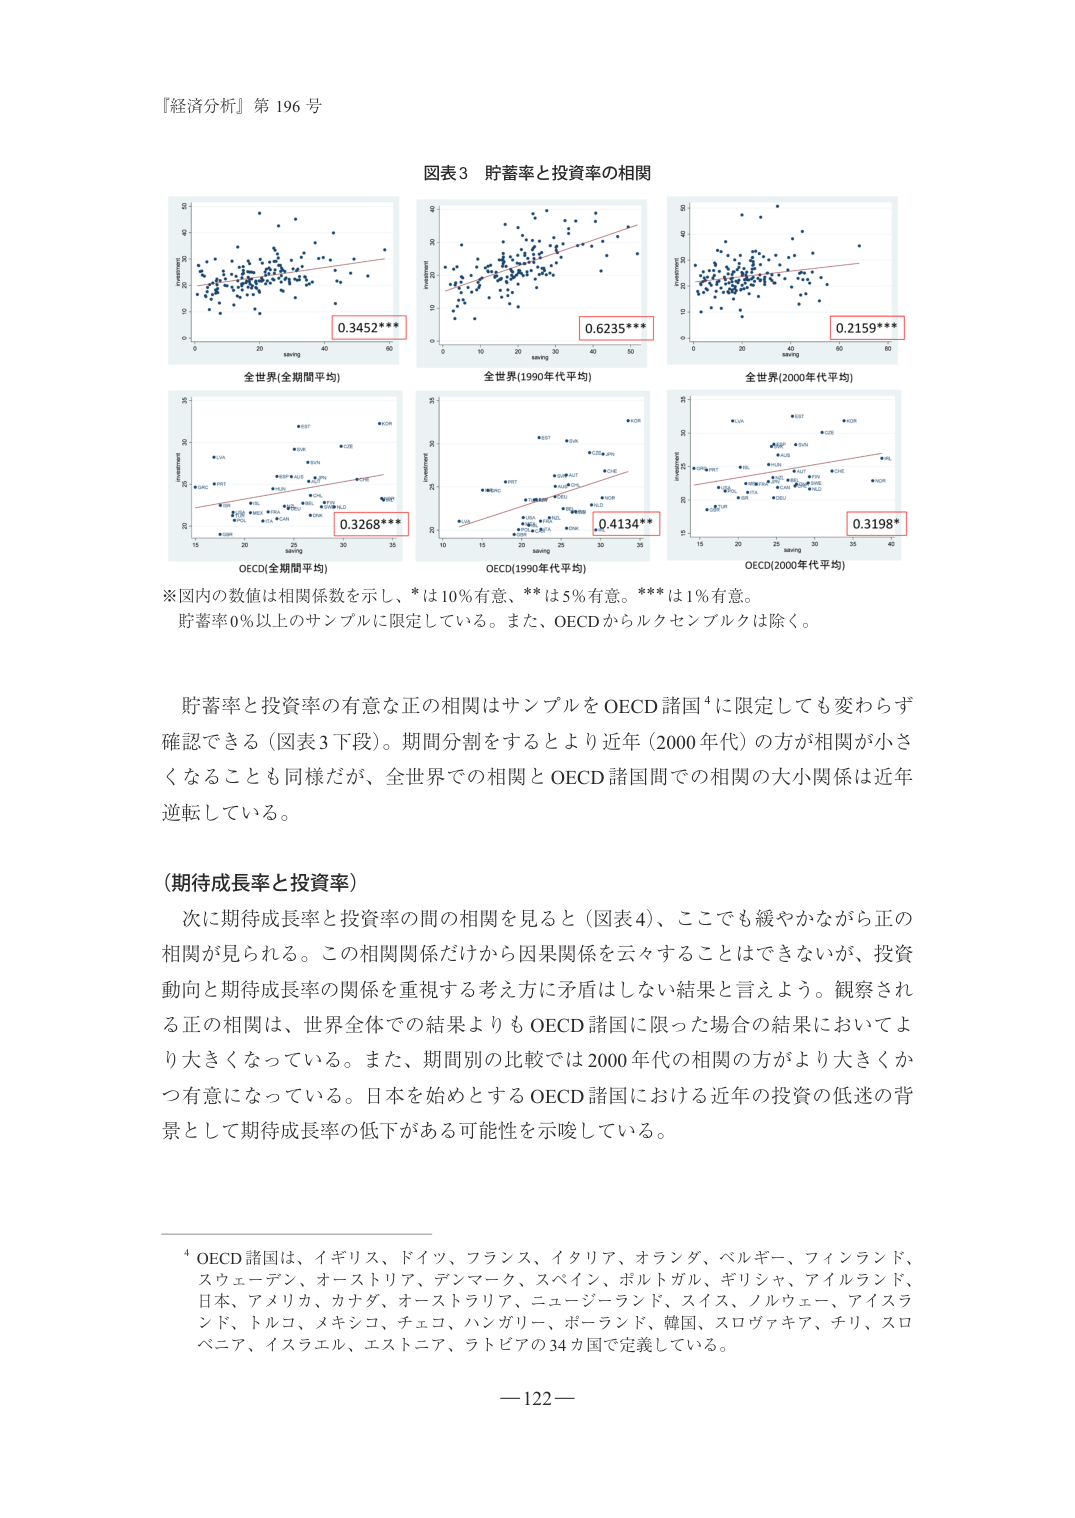
『経済分析』第 196 号

図表3 貯蓄率と投資率の相関

全世界(全期間平均)
0.3452***

全世界(1990年代平均)
0.6235***

全世界(2000年代平均)
0.2159***

OECD(全期間平均)
0.3268***

OECD(1990年代平均)
0.4134**

OECD(2000年代平均)
0.3198*

※図内の数値は相関係数を示し、*は10%有意、**は5%有意。***は1%有意。
貯蓄率0%以上のサンプルに限定している。また、OECDからルクセンブルクは除く。

貯蓄率と投資率の有意な正の相関はサンプルをOECD諸国⁴に限定しても変わらず確認できる（図表3下段）。期間分割をするとより近年（2000年代）の方が相関が小さくなることも同様だが、全世界での相関とOECD諸国間での相関の大小関係は近年逆転している。

（期待成長率と投資率）
次に期待成長率と投資率の間の相関を見ると（図表4）、ここでも緩やかながら正の相関が見られる。この相関関係だけから因果関係を云々することはできないが、投資動向と期待成長率の関係を重視する考え方に矛盾はしない結果と言えよう。観察される正の相関は、世界全体での結果よりもOECD諸国に限った場合の結果においてより大きくなっている。また、期間別の比較では2000年代の相関の方がより大きくかつ有意になっている。日本を始めとするOECD諸国における近年の投資の低迷の背景として期待成長率の低下がある可能性を示唆している。

⁴ OECD諸国は、イギリス、ドイツ、フランス、イタリア、オランダ、ベルギー、フィンランド、スウェーデン、オーストリア、デンマーク、スペイン、ポルトガル、ギリシャ、アイルランド、日本、アメリカ、カナダ、オーストラリア、ニュージーランド、スイス、ノルウェー、アイスランド、トルコ、メキシコ、チェコ、ハンガリー、ポーランド、韓国、スロヴァキア、チリ、スロベニア、イスラエル、エストニア、ラトビアの34カ国で定義している。

—122—